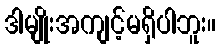
ဒါမျိုးအကျင့်မရှိပါဘူး။